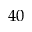
4 0